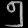
Digit: ၅